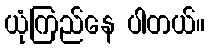
ယုံကြည်နေ ပါတယ်။